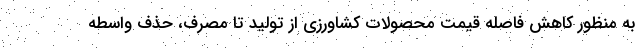
به منظور کاهش فاصله قیمت محصولات کشاورزی از تولید تا مصرف، حذف واسطه